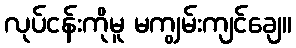
လုပ်ငန်းကိုမူ မကျွမ်းကျင်ချေ။